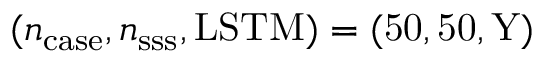
( n _ { \mathrm { c a s e } } , n _ { \mathrm { s s s } } , \mathrm { { L S T M } ) = ( 5 0 , 5 0 , Y ) }